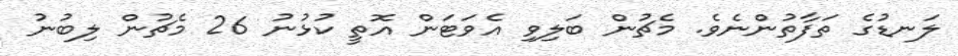
ލަނޑުގެ ތަފާތުންނެވެ. މެޗުން ބަލިވި އެވަޓަން އޮތީ ކުޅުނު 26 މެޗުން ލިބުނު